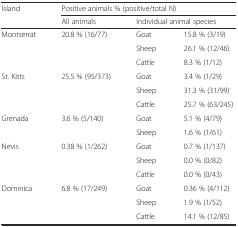
<table><thead><tr><td rowspan="2"><b>Island</b></td><td colspan="3"><b>Positive animals % (positive/total N)</b></td></tr><tr><td><b>All animals</b></td><td colspan="2"><b>Individual animal species</b></td></tr></thead><tbody><tr><td rowspan="3">Montserrat</td><td rowspan="3">20.8 % (16/77)</td><td>Goat</td><td>15.8 % (3/19)</td></tr><tr><td>Sheep</td><td>26.1 % (12/46)</td></tr><tr><td>Cattle</td><td>8.3 % (1/12)</td></tr><tr><td rowspan="3">St. Kitts</td><td rowspan="3">25.5 % (95/373)</td><td>Goat</td><td>3.4 % (1/29)</td></tr><tr><td>Sheep</td><td>31.3 % (31/99)</td></tr><tr><td>Cattle</td><td>25.7 % (63/245)</td></tr><tr><td rowspan="2">Grenada</td><td rowspan="2">3.6 % (5/140)</td><td>Goat</td><td>5.1 % (4/79)</td></tr><tr><td>Sheep</td><td>1.6 % (1/61)</td></tr><tr><td rowspan="3">Nevis</td><td rowspan="3">0.38 % (1/262)</td><td>Goat</td><td>0.7 % (1/137)</td></tr><tr><td>Sheep</td><td>0.0 % (0/82)</td></tr><tr><td>Cattle</td><td>0.0 % (0/43)</td></tr><tr><td rowspan="3">Dominica</td><td rowspan="3">6.8 % (17/249)</td><td>Goat</td><td>0.36 % (4/112)</td></tr><tr><td>Sheep</td><td>1.9 % (1/52)</td></tr><tr><td>Cattle</td><td>14.1 % (12/85)</td></tr></tbody></table>